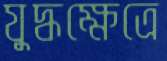
যুদ্ধক্ষেত্রে